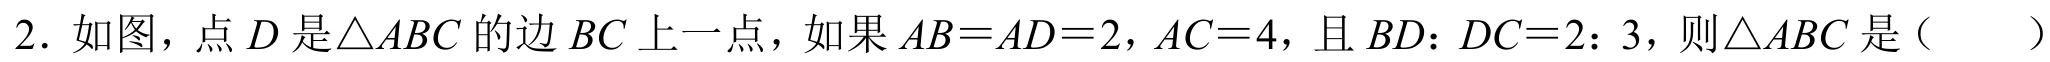
2. 如图，点\(D\)是\(\triangle ABC\)的边\(BC\)上一点，如果\(AB = AD = 2,AC = 4\)，且\(BD:DC = 2:3\)，则\(\triangle ABC\)是（  ）